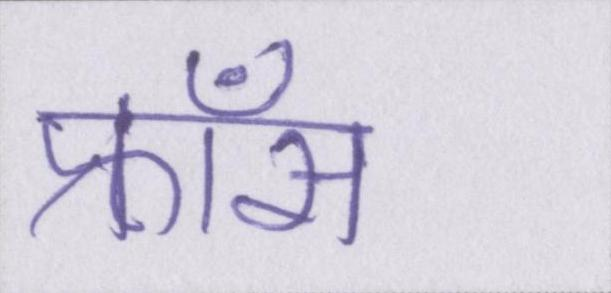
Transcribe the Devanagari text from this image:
फ्राँस